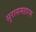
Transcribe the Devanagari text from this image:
सुरासमहारम